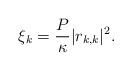
LaTeX: \begin{align*}\xi_k = \frac{P}{\kappa} |r_{k,k}|^2.\end{align*}